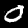
Label: 0